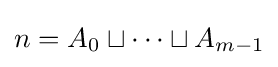
n=A_{0}\sqcup \cdots \sqcup A_{m-1}